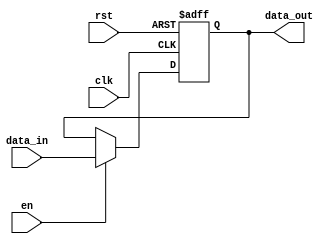
module Reg(clk, rst, en, data_in, data_out);
	parameter SIZE = 32;
	input clk, rst, en;
	input [SIZE-1:0] data_in;
	output reg [SIZE-1:0] data_out;
	
	always@(posedge clk, posedge rst) begin
		if(rst)
			data_out <= 0;
		else if(en)
			data_out <= data_in;
	end
endmodule